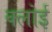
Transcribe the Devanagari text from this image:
क्लोई